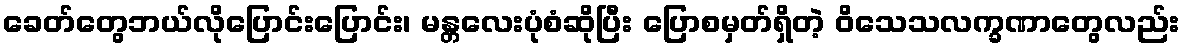
ခေတ်တွေဘယ်လိုပြောင်းပြောင်း၊ မန္တလေးပုံစံဆိုပြီး ပြောစမှတ်ရှိတဲ့ ဝိသေသလက္ခဏာတွေလည်း